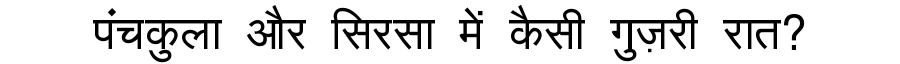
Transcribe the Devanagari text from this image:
पंचकुला और सिरसा में कैसी गुज़री रात?